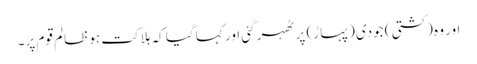
اور وہ (کشتی) جودی (پہاڑ) پر ٹھہر گئی اور کہا گیا کہ ہلاکت ہو ظالم قوم پر۔